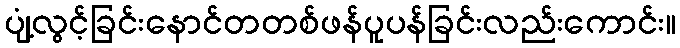
ပျံ့လွင့်ခြင်းနောင်တတစ်ဖန်ပူပန်ခြင်းလည်းကောင်း။